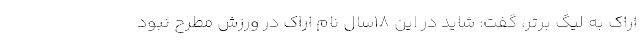
اراک به لیگ برتر، گفت: شاید در این 18سال نام اراک در ورزش مطرح نبود